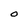
Character: O